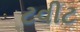
ટવીટ